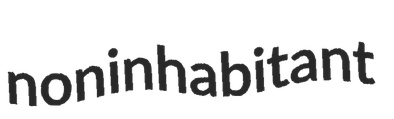
noninhabitant